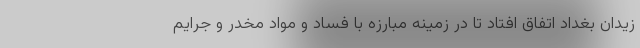
زیدان بغداد اتفاق افتاد تا در زمینه مبارزه با فساد و مواد مخدر و جرایم